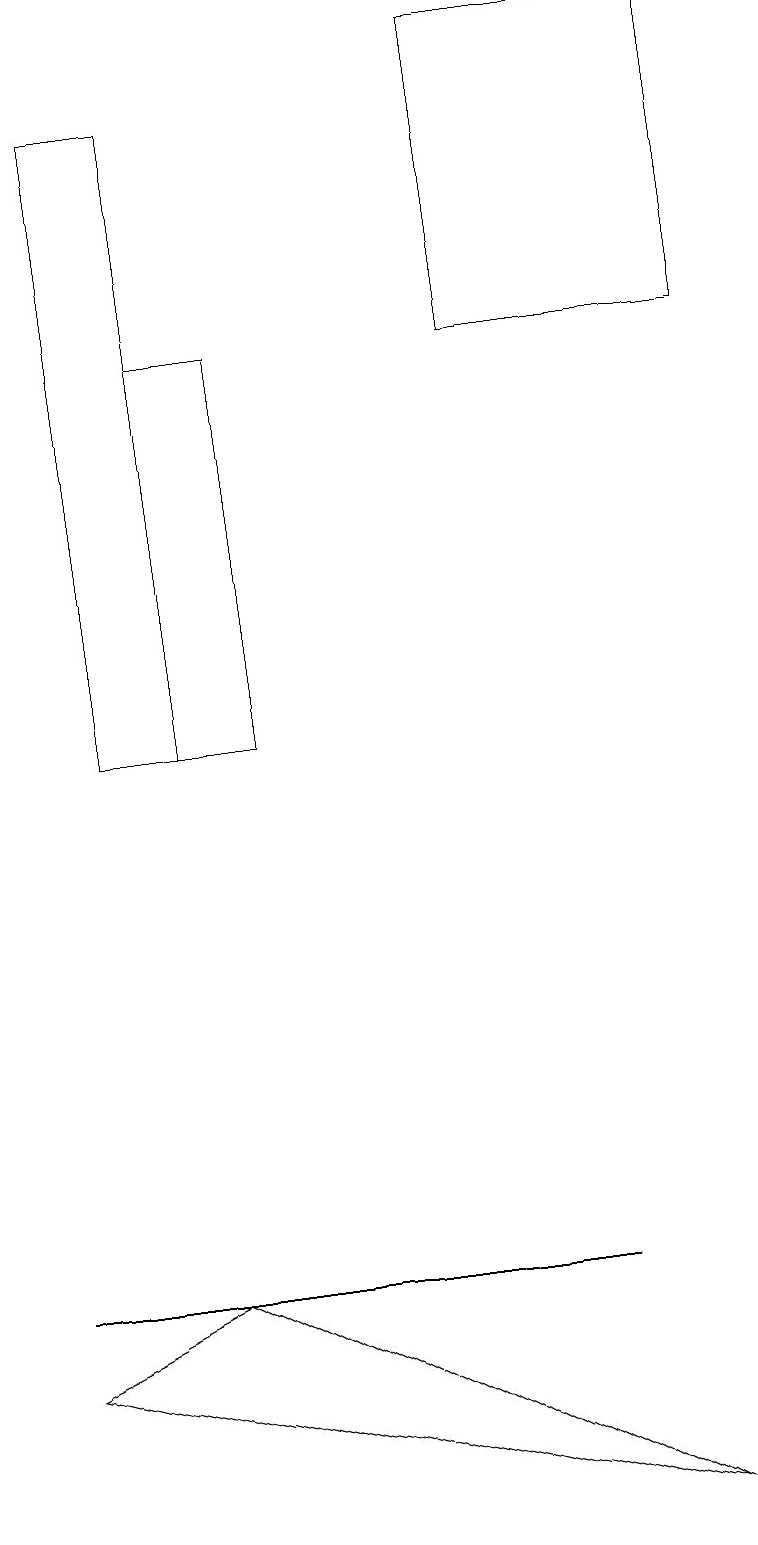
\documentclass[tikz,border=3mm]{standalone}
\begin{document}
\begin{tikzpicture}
\draw (3,15) rectangle (2,10);
\draw (8,0) -- (2,3) -- (0,2) -- cycle;
\draw (9,19) rectangle (6,15);
\draw (2,10) rectangle (1,18);
\draw (0,3) -- (7,3) -- (2,3) -- cycle;
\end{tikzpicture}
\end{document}